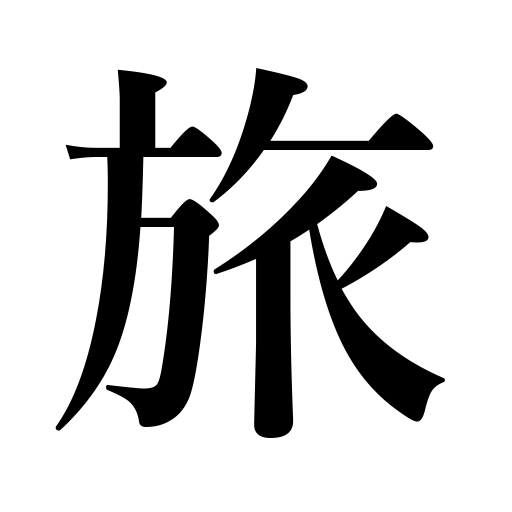
Meanings: journey,go around